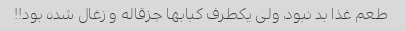
طعم غذا بد نبود، ولی یکطرف کبابها جزقاله و زغال شده بود!!